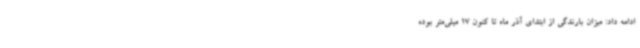
ادامه داد: میزان بارندگی از ابتدای آذر ماه تا کنون 17 میلی‌متر بوده